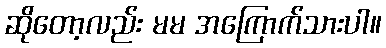
ဆိုတော့လည်း မမ အကြောက်သားပါ။